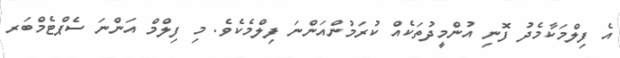
އެ ފިލްމަކާމެދު ފޮނި އުންމީދުތަކެއް ކުރަމުންއަންނަ ފިލްމެކެވެ. މި ފިލްމް އަންނަ ސެޕްޓެމްބަރ